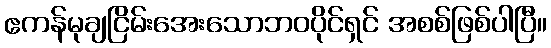
ဧကန်မုချငြိမ်းအေးသောဘဝပိုင်ရှင် အစစ်ဖြစ်ပါပြီ။